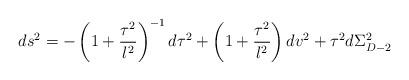
LaTeX: \begin{align*}ds^2 = -\left(1 + \frac{\tau^2}{l^2}\right)^{-1}d\tau^2 +\left(1 + \frac{\tau^2}{l^2}\right)dv^2 +\tau^2d\Sigma_{D-2}^2\end{align*}